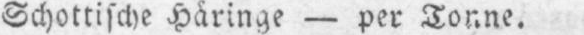
Schottische Häringe - per Tonne.